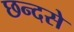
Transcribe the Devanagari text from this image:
छन्दसे